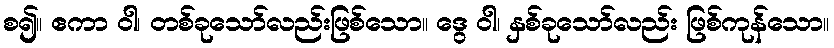
စ၍။ ဧကာ ဝါ၊ တစ်ခုသော်လည်းဖြစ်သော။ ဒွေ ဝါ၊ နှစ်ခုသော်လည်း ဖြစ်ကုန်သော။